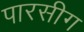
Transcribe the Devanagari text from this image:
पारसीग